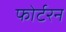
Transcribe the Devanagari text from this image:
फोर्टरन